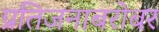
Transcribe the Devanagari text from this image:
प्रतिजनाबरोबर